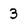
Character: 3